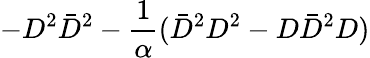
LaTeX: -D^{2}\bar{D}^{2}-{\frac{1}{\alpha}}(\bar{D}^{2}D^{2}-D\bar{D}^{2}D)